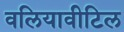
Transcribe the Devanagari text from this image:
वलियावीटिल